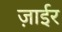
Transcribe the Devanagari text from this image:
ज़ाईर